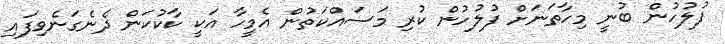
ފުލުހުން ބުނީ މިހާތަަނަށް ފުލުހުން ކުރި މަސައްކަތުން އެމީހާ އަކީ ކާކުކަން ދެނެގަނެވިފައި